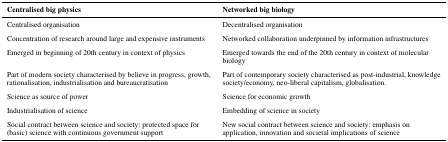
<table><thead><tr><td><b>Centralised big physics</b></td><td><b>Networked big biology</b></td></tr></thead><tbody><tr><td>Centralised organisation</td><td>Decentralised organisation</td></tr><tr><td>Concentration of research around large and expensive instruments</td><td>Networked collaboration underpinned by information infrastructures</td></tr><tr><td>Emerged in beginning of 20th century in context of physics</td><td>Emerged towards the end of the 20th century in context of molecular biology</td></tr><tr><td>Part of modern society characterised by believe in progress, growth, rationalisation, industrialisation and bureaucratisation</td><td>Part of contemporary society characterised as post-industrial, knowledge society/economy, neo-liberal capitalism, globalisation.</td></tr><tr><td>Science as source of power</td><td>Science for economic growth</td></tr><tr><td>Industrialisation of science</td><td>Embedding of science in society</td></tr><tr><td>Social contract between science and society: protected space for (basic) science with continuous government support</td><td>New social contract between science and society: emphasis on application, innovation and societal implications of science</td></tr></tbody></table>